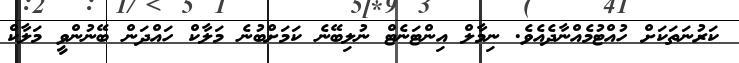
ކަރުނަތަކަށް ހުއްޓުމެއްނާދެއެވެ. ނިމާލް އިންޓަނެޓް ނުލިބޭނެ ކަމަށްބުނެ މަލާކް ހައްދަން ބޭނުންވީ މަލާކް